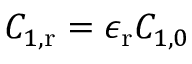
C _ { 1 , \mathrm { r } } = \epsilon _ { \mathrm { r } } C _ { 1 , 0 }